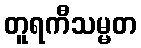
တူရကီသမ္မတ